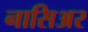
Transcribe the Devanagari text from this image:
नासिअर